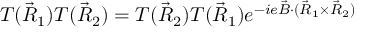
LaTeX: T ( \vec { R } _ { 1 } ) T ( \vec { R } _ { 2 } ) = T ( \vec { R } _ { 2 } ) T ( \vec { R } _ { 1 } ) e ^ { - i e \vec { B } \cdot ( \vec { R } _ { 1 } \times \vec { R } _ { 2 } ) }